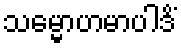
သမ္မောဟမာပါဒိံ